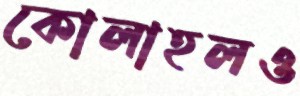
কোলাহলও